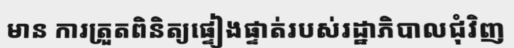
មាន ការត្រួតពិនិត្យផ្ទៀងផ្ទាត់របស់រដ្ឋាភិបាលជុំវិញ